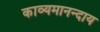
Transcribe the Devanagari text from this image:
काव्यमानन्दाय